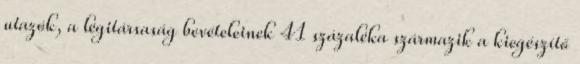
utazók, a légitársaság bevételeinek 41 százaléka származik a kiegészítő